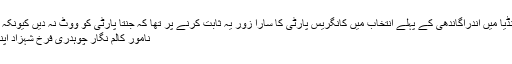
ستر کی دہائی میں جائیں تو انڈیا میں اندراگاندھی کے پہلے انتخاب میں کانگریس پارٹی کا سارا زور یہ ثابت کرنے پر تھا کہ جنتا پارٹی کو ووٹ نہ دیں کیونکہ ہندوستان کا سرمایہ دار طبقہ
نامور کالم نگار چوہدری فرخ شہزاد اپنے ایک کالم میں لکھتے ہیں ۔